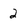
Character: 2